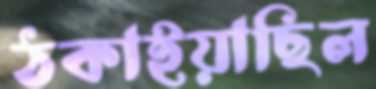
ঠকাইয়াছিল